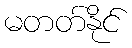
မတတ်နိုင်